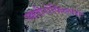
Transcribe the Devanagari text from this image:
स्क्लीरोफिल्लस